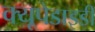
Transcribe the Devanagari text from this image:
क्यूपेडाइडी